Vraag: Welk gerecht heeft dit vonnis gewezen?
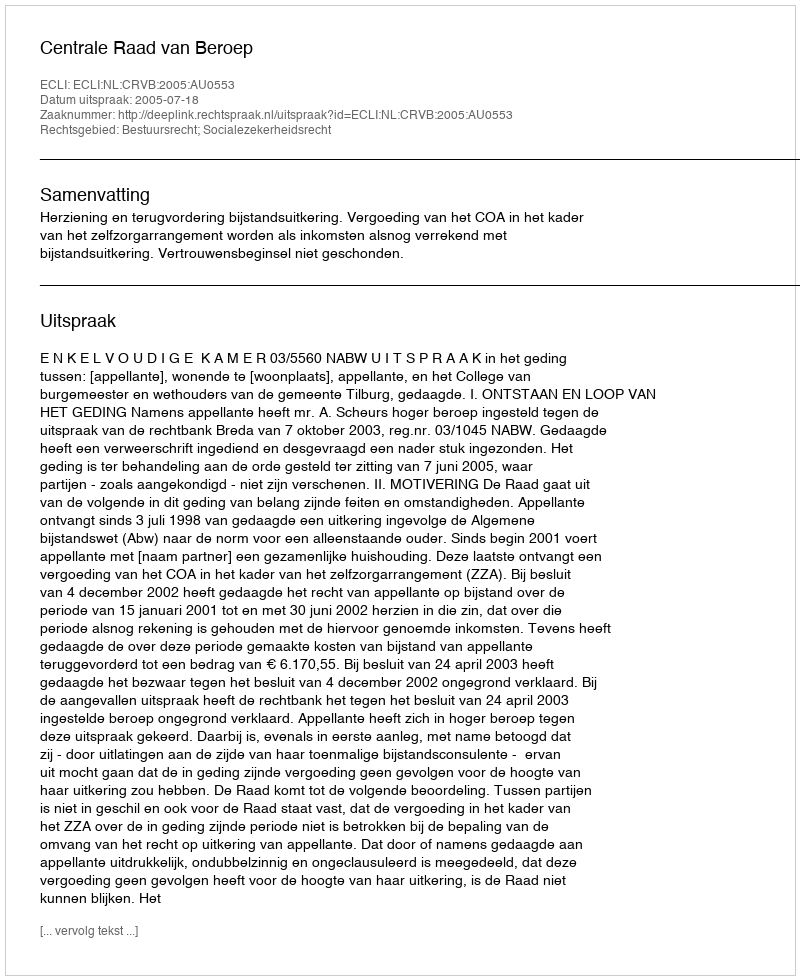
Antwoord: Centrale Raad van Beroep